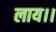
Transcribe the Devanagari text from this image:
लाय।।